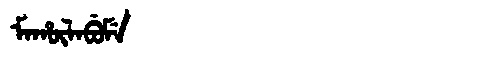
Manchu: ᠮᠠᡥᡡᠯᠠᠪᡠᠮᡝ
Romanization: MAHŪLABUME